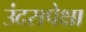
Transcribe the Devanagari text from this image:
उंदरापेक्षा